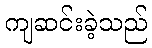
ကျဆင်းခဲ့သည်